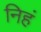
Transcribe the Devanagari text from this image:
निहं